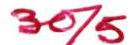
30/5